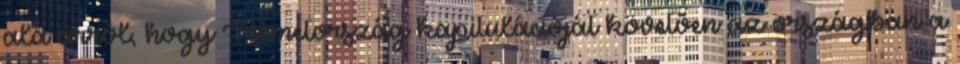
alá arról, hogy Németország kapitulációját követõen az országban a